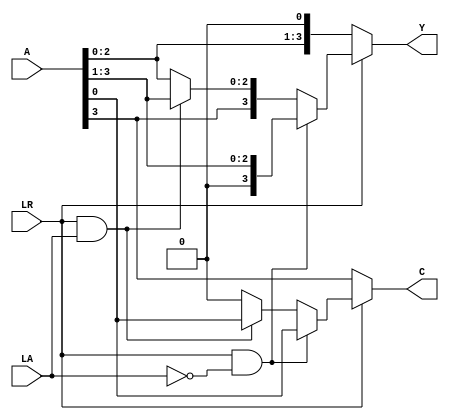
module shifter(A, LA, LR, Y, C);

  // inputs
  input [3:0] A;
  input LA, LR;

  // outputs
  output [3:0] Y;
  output C;
  
  //LA, which tells the shifter if the desired instruction is a logical shift (0) or arithmetic shift (1)
  //LR, which indicates the direction of the shift (0 = left)
  //Note that there is no arithmetic left shift instruction, so when LR = 0, LA is ignored

  /* ADD YOUR CODE BELOW THIS LINE */
  
  reg C;
  reg [3:0] Y;

  always @(*) begin
   //shift left
	if (LR == 1'b0) begin
		C = A[3];
		Y = {A[2:0], 1'b0};
	end
	//shift right logical
	else if (LR == 1'b1 & LA == 1'b0) begin
		C = A[0];
		Y = {1'b0, A[3:1]};
	end
	//shift right arithmetic
	else if (LR == 1'b1 & LA == 1'b1) begin
		C = A[0];
		Y = {A[3], A[3:1]};
	end
	//if no either case occurs
	else begin
		Y = A;
		C = 1'b0;
	end
  end
  
  /* ADD YOUR CODE ABOVE THIS LINE */

endmodule